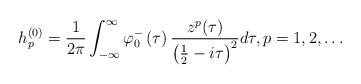
LaTeX: \begin{align*}h_{p}^{\left( 0\right) }=\frac{1}{2\pi}\int_{-\infty}^{\infty}\varphi_{0}^{-}\left( \tau\right) \frac{z^{p}(\tau)}{\left( \frac{1}{2}-i\tau\right) ^{2}}d\tau,p=1,2,\ldots\end{align*}